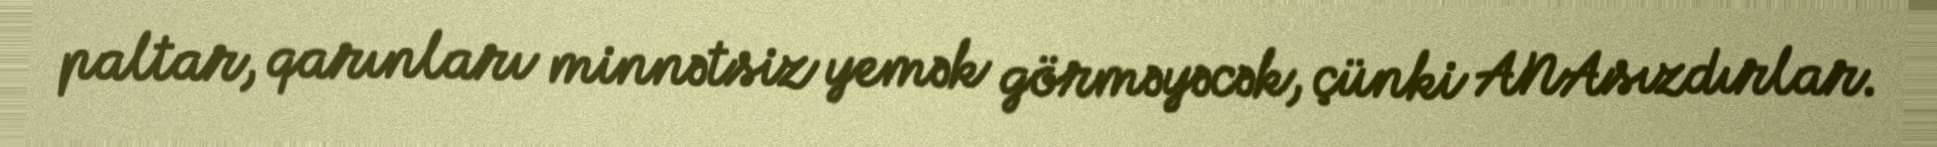
paltar, qarınları minnətsiz yemək görməyəcək, çünki ANAsızdırlar.